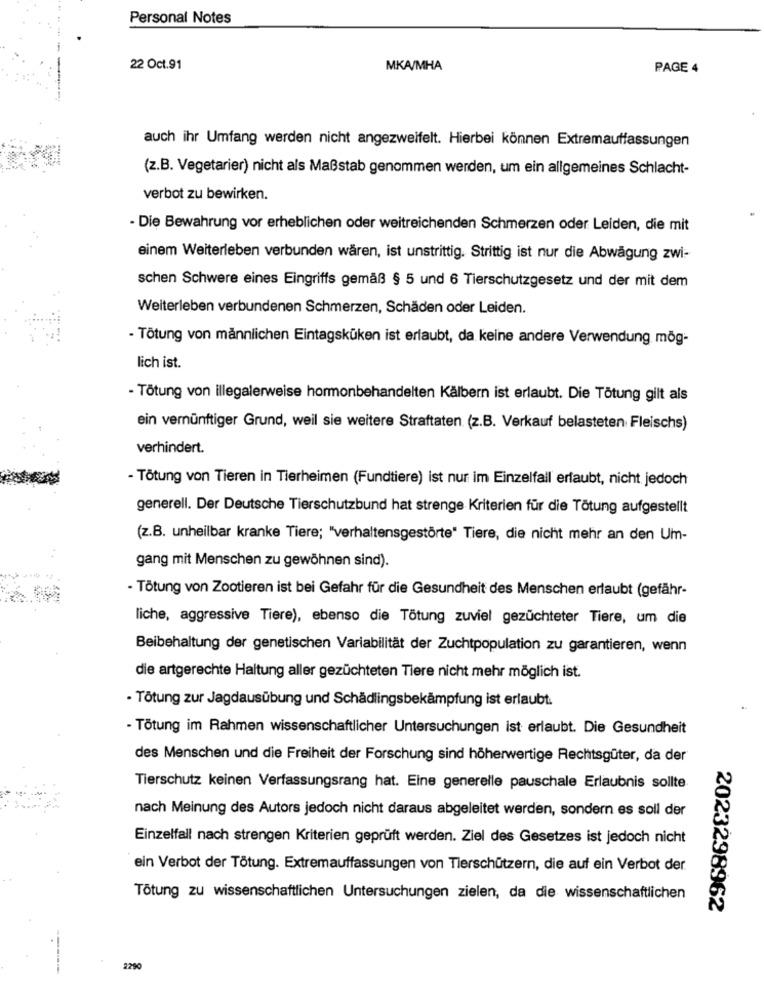
Personal Notes
22 Oct.91
MKA/MHA
PAGE 4
-----
auch ihr Umfang werden nicht angezweifelt. Hierbei können Extremauffassungen
(z.B. Vegetarier) nicht als Maßstab genommen werden, um ein allgemeines Schlacht-
verbot zu bewirken.
- Die Bewahrung vor erheblichen oder weitreichenden Schmerzen oder Leiden, die mit
einem Weiterleben verbunden wären, ist unstrittig. Strittig ist nur die Abwägung zwi-
schen Schwere eines Eingriffs gemäß § 5 und 6 Tierschutzgesetz und der mit dem
Weiterleben verbundenen Schmerzen, Schäden oder Leiden.
- Tötung von männlichen Eintagsküken ist erlaubt, da keine andere Verwendung mög-
lich ist.
- Tötung von illegalerweise hormonbehandelten Kälbern ist erlaubt. Die Tötung gilt als
ein vernünftiger Grund, weil sie weitere Straftaten (z.B. Verkauf belasteten Fleischs)
verhindert.
- Tötung von Tieren in Tierheimen (Fundtiere) ist nur im Einzelfall erlaubt, nicht jedoch
generell. Der Deutsche Tierschutzbund hat strenge Kriterien für die Tötung aufgestellt
(z.B. unheilbar kranke Tiere; "verhaltensgestörte" Tiere, die nicht mehr an den Um-
gang mit Menschen zu gewöhnen sind).
- Tötung von Zootieren ist bei Gefahr für die Gesundheit des Menschen erlaubt (gefähr-
liche, aggressive Tiere), ebenso die Tötung zuviel gezüchteter Tiere, um die
Beibehaltung der genetischen Variabilität der Zuchtpopulation zu garantieren, wenn
die artgerechte Haltung aller gezüchteten Tiere nicht mehr möglich ist.
· Tötung zur Jagdausübung und Schädlingsbekämpfung ist erlaubt.
- Tötung im Rahmen wissenschaftlicher Untersuchungen ist erlaubt. Die Gesundheit
des Menschen und die Freiheit der Forschung sind höherwertige Rechtsgüter, da der
Tierschutz keinen Verfassungsrang hat. Eine generelle pauschale Erlaubnis sollte
nach Meinung des Autors jedoch nicht daraus abgeleitet werden, sondern es soll der
Einzelfall nach strengen Kriterien geprüft werden. Ziel des Gesetzes ist jedoch nicht
ein Verbot der Tötung. Extremauffassungen von Tierschützern, die auf ein Verbot der
Tötung zu wissenschaftlichen Untersuchungen zielen, da die wissenschaftlichen
2023298962
2290